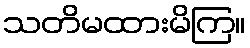
သတိမထားမိကြ။